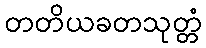
တတိယခတသုတ္တံ